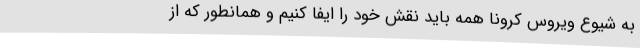
به شیوع ویروس کرونا همه باید نقش خود را ایفا کنیم و همانطور که از